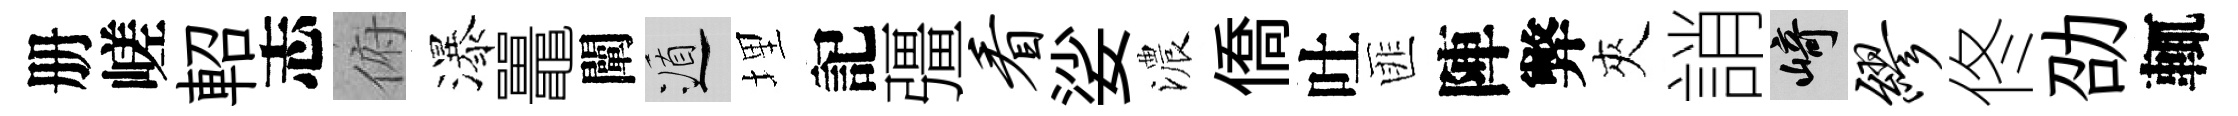
册嵯軺志俯瀑鼉闡遁埋記彊看娑濃僑吐匪陣弊夾誚崎缪佟劭輒